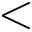
<